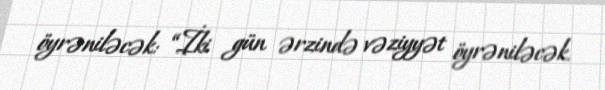
öyrəniləcək: “İki gün ərzində vəziyyət öyrəniləcək.